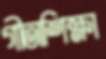
গীতাশিক্ষা